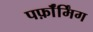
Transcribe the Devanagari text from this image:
पर्फ़ॉर्मिंग